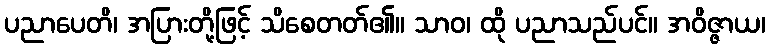
ပညာပေတိ၊ အပြားတို့ဖြင့် သိစေတတ်၏။ သာဝ၊ ထို ပညာသည်ပင်။ အဝိဇ္ဇာယ၊